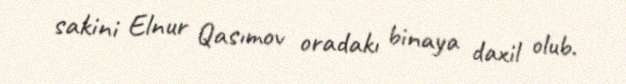
sakini Elnur Qasımov oradakı binaya daxil olub.